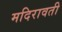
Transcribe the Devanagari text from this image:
मदिरावती